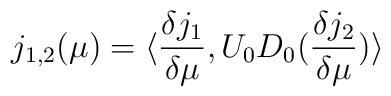
j_{1, 2}(\mu )=\langle \frac{\delta j_{1}}{\delta \mu},U_0  D_0 (\frac{\delta j_{2}}{\delta \mu})\rangle